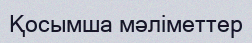
Қосымша мәліметтер